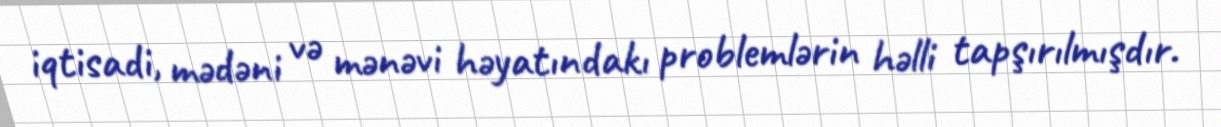
iqtisadi, mədəni və mənəvi həyatındakı problemlərin həlli tapşırılmışdır.